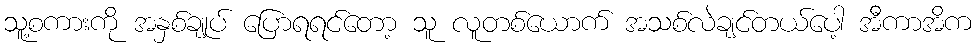
သူ့စကားကို အနှစ်ချုပ် ပြောရရင်တော့ သူ လူတစ်ယောက် အသစ်လဲချင်တယ်ပေါ့ အီကာအိက